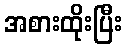
အစားထိုးပြီး